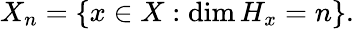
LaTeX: X_{n}=\{ x\in X:\dim H_{x}=n\} .